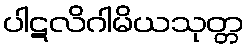
ပါဋလိဂါမိယသုတ္တ